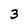
Character: 3